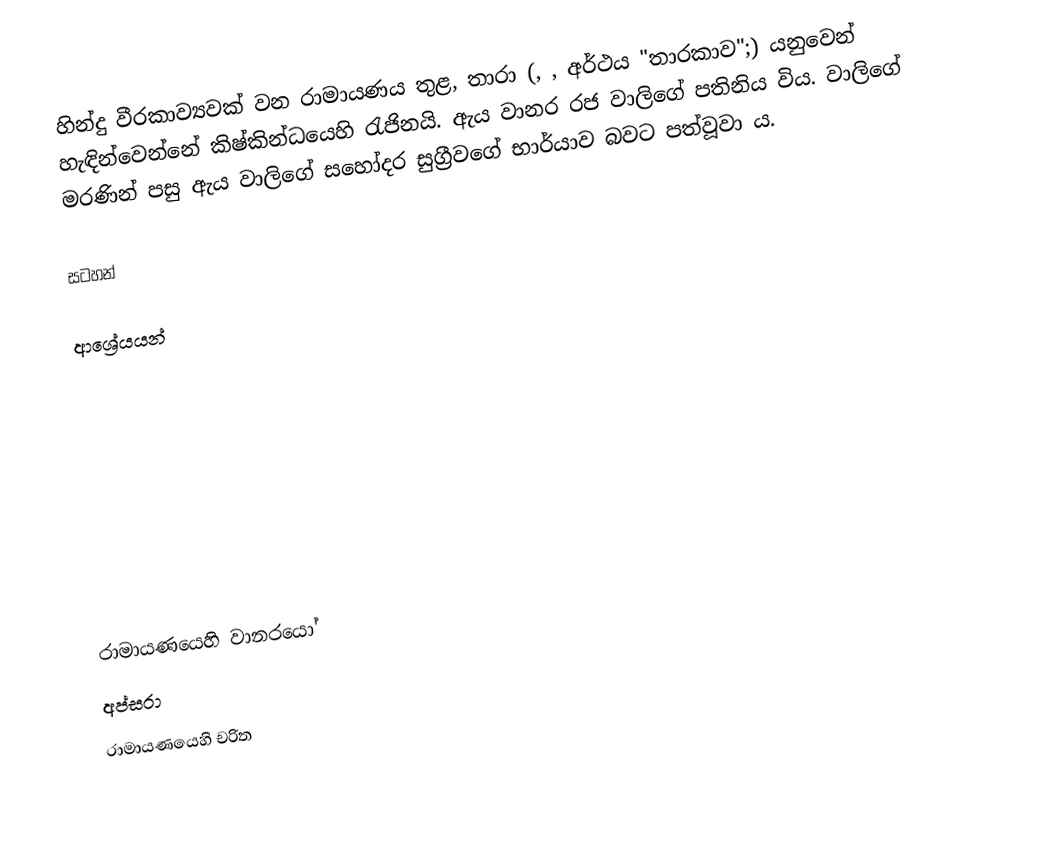
හින්දු වීරකාව්‍යවක් වන රාමායණය තුළ, තාරා (, , අර්ථය "තාරකාව";) යනුවෙන් හැඳින්වෙන්නේ කිෂ්කින්ධයෙහි රැජිනයි. ඇය වානර රජ වාලිගේ පතිනිය විය. වාලිගේ මරණින් පසු ඇය වාලිගේ සහෝදර සුග්‍රීවගේ භාර්යාව බවට පත්වූවා ය.

සටහන්

ආශ්‍රේයයන්

රාමායණයෙහි වානරයෝ
අප්සරා
රාමායණයෙහි චරිත